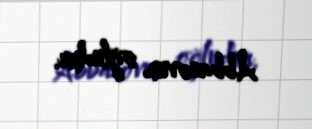
Abbasovun oğludur.